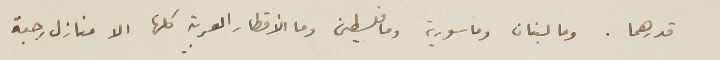
قدرهما. وما لبنان وما سورية وما فلسطين وما الأقطار العربية كلها الا منازل رحبة